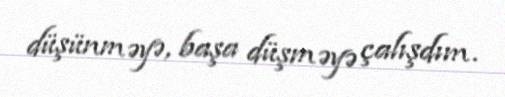
düşünməyə, başa düşməyə çalışdım.